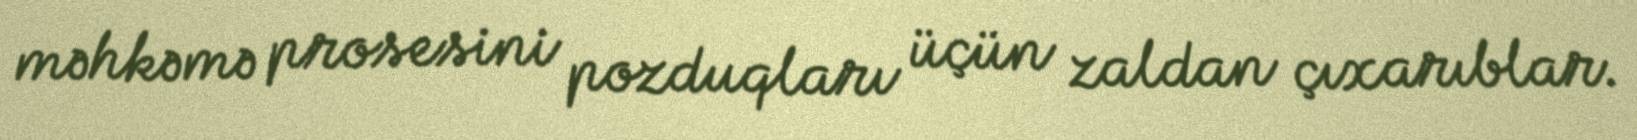
məhkəmə prosesini pozduqları üçün zaldan çıxarıblar.